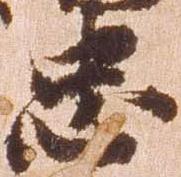
忠